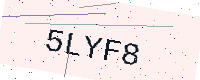
Text: 5LYF8